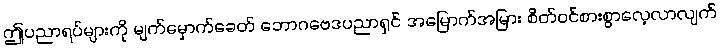
ဤပညာရပ်များကို မျက်မှောက်ခေတ် ဘောဂဗေဒပညာရှင် အမြောက်အမြား စိတ်ဝင်စားစွာလေ့လာလျက်